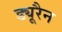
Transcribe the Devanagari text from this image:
ड्यूरैन